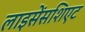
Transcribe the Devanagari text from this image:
लाइसेंसशिएट